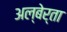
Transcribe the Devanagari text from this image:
अल्बेर्ता